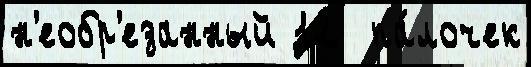
н'еобр'езанный 12  па́лочек